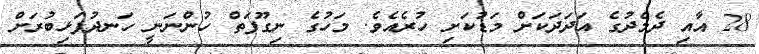
28 އާއި ދެމެދުގެ އަދަދަކަށް މަޑުކަށި ހުރެއެވެ. މަހުގެ ނިގޫފަތް ހުންނަނީ ހަނދުފަޅިބުރަށް